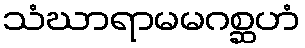
သံဃာရာမမဂစ္ဆဟံ